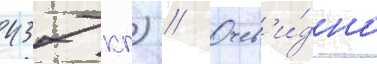
437 кг) // Очев'и́дно